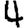
Digit: 4